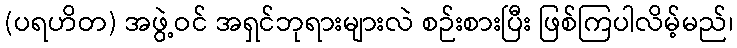
(ပရဟိတ) အဖွဲ့ဝင် အရှင်ဘုရားများလဲ စဉ်းစားပြီး ဖြစ်ကြပါလိမ့်မည်၊